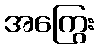
အကြွေး